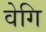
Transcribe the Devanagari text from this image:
वेगि